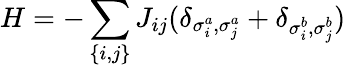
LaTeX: H=-\sum_{\{ i,j\} }J_{ij}(\delta_{\sigma_{i}^{a},\sigma_{j}^{a}}+\delta_{\sigma_{i}^{b},\sigma_{j}^{b}})